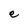
Character: e